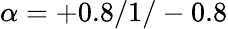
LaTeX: \alpha=+0.8/1/-0.8